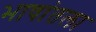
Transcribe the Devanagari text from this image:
भाषांतला